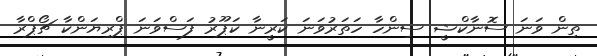
ތިން ވަނަ ސޮނާކްޝީ ސިންހާ ހަތަރުވަނަ ކަރީނާ ކަޕޫރު ފަސްވަނަ ޕްރިޔަންކާ ޗޯޕްރާ